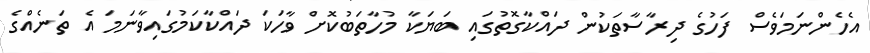
އެހެންނަމަވެސް ފަހުގެ ދިރާސާތަކުން ދައްކާގޮތުގައި ބަޔަކާ މުހާތަބުކޮށް ވާހަކަ ދައްކާކަމުގައިވާނަމަ އެ ތަނެއްގެ